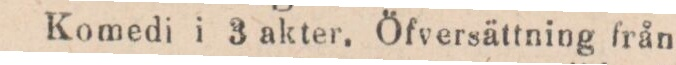
Komedi i 3 akter. Öfversättning från